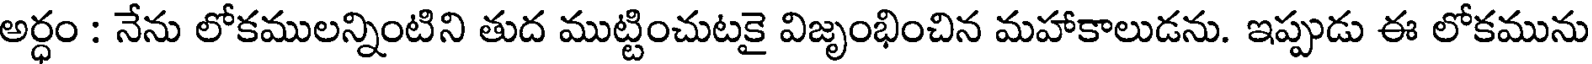
అర్ధం : నేను లోకములన్నింటిని తుద ముట్టించుటకై విజృంభించిన మహాకాలుడను. ఇప్పుడు ఈ లోకమును